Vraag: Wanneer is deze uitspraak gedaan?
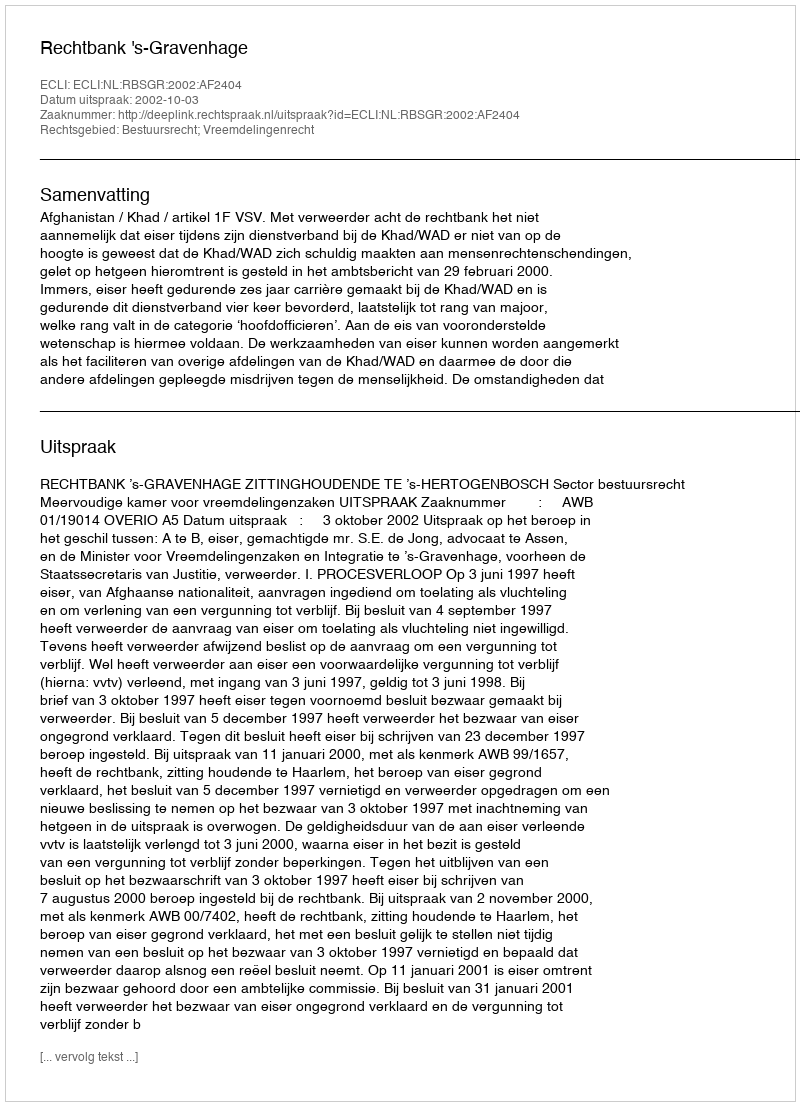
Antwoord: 2002-10-03